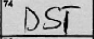
Transcription: DST